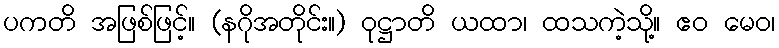
ပကတိ အဖြစ်ဖြင့်။ (နဂိုအတိုင်း။) ဝုဋ္ဌာတိ ယထာ၊ ထသကဲ့သို့။ ဧဝ မေဝ၊